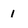
Character: 1